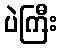
ပဲကြီး